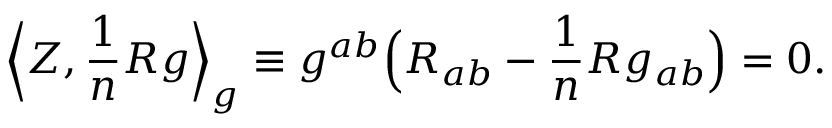
{ \Big \langle } Z , { \frac { 1 } { n } } R g { \Big \rangle } _ { g } \equiv g ^ { a b } { \Big ( } R _ { a b } - { \frac { 1 } { n } } R g _ { a b } { \Big ) } = 0 .